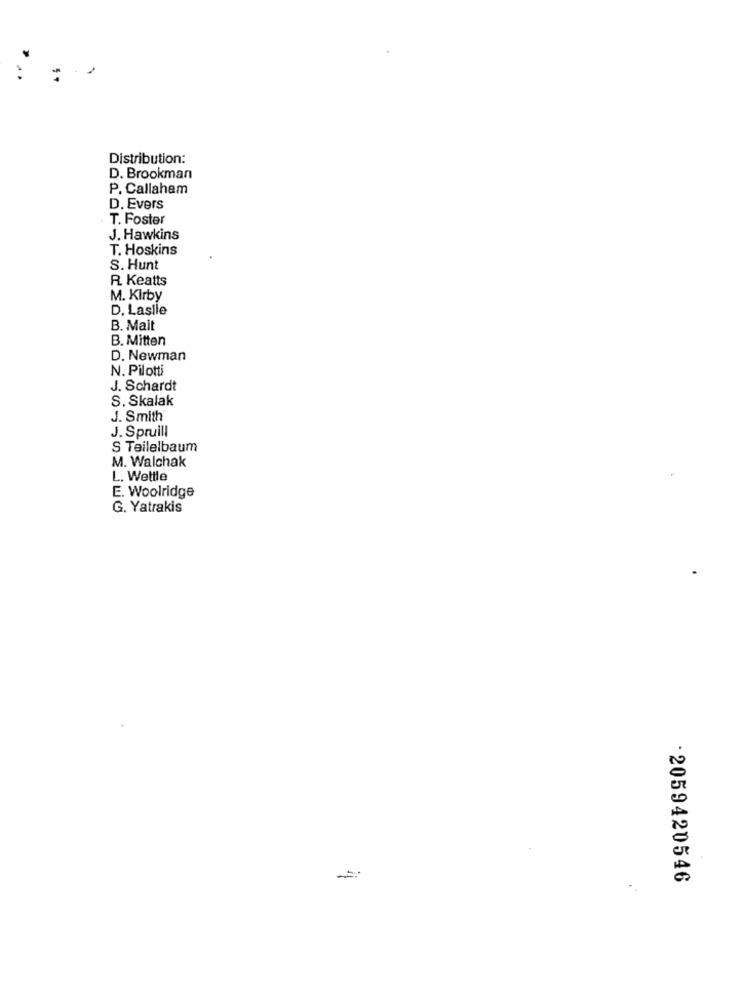
Distribution:
D. Brookman
P. Callahem
D. Evers
T. Foster
J. Hawkins
T. Hoskins
S. Hunt
R. Keatts
M. Kirby
D. Laslle
B. Mait
B. Mitten
D. Newman
N. Pilotti
J. Schardt
S. Skalak
J. Smith
J. Spruill
S Teilelbaum
M. Walchak
L. Wellle
E. Woolridge
G. Yatrakis
· 2059420546